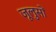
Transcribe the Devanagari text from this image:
जूलुसों